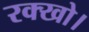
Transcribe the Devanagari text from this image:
रक्खो।